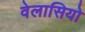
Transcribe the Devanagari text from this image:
वेलासियो